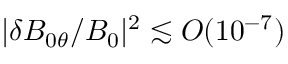
| \delta B _ { 0 \theta } / B _ { 0 } | ^ { 2 } \lesssim O ( 1 0 ^ { - 7 } )